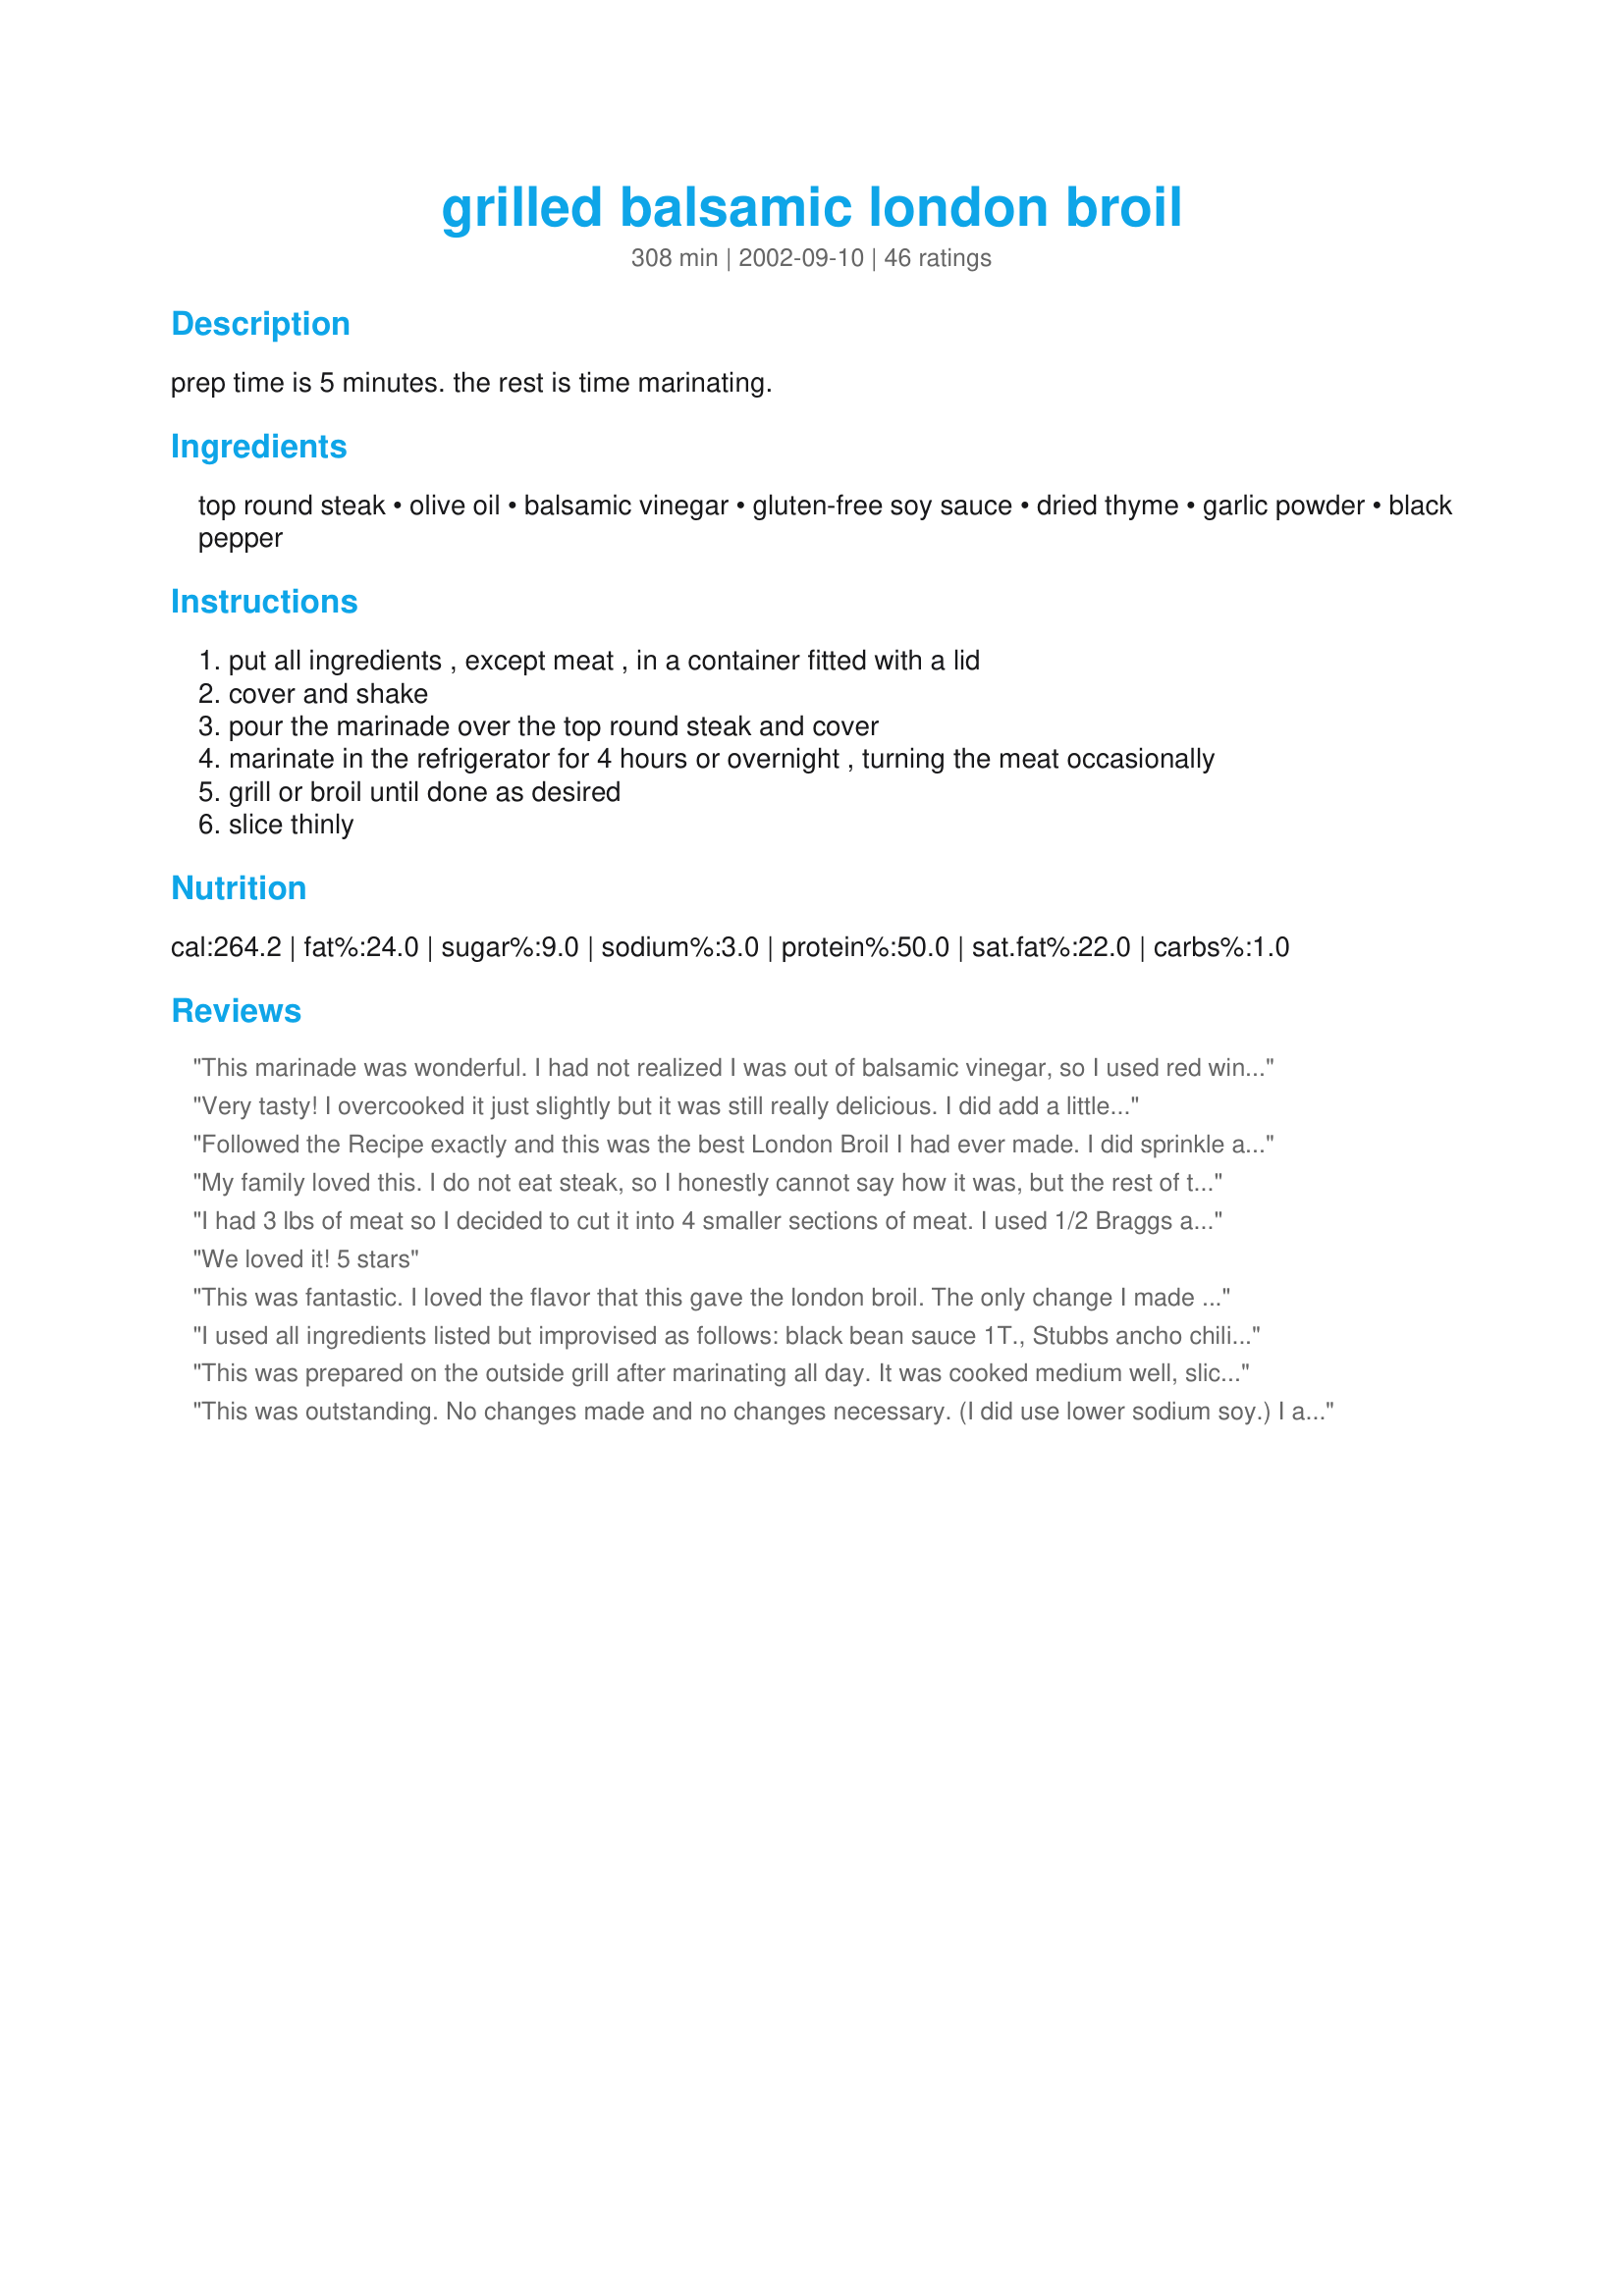
grilled balsamic london broil
Preparation time: 308 minutes

prep time is 5 minutes. the rest is time marinating.

Ingredients:
top round steak, olive oil, balsamic vinegar, gluten-free soy sauce, dried thyme, garlic powder, black pepper

Steps:
put all ingredients , except meat , in a container fitted with a lid
cover and shake
pour the marinade over the top round steak and cover
marinate in the refrigerator for 4 hours or overnight , turning the meat occasionally
grill or broil until done as desired
slice thinly

Reviews:
This marinade was wonderful. I had not realized I was out of balsamic vinegar, so I used red wine vinegar in its place. Taking the advice of another comment, I added a half dash of liquid smoke to the marinade and let the meat set in it overnight. The next morning, I put everything in the crock pot. The result was simply delicious. What a great recipe!
Very tasty! I overcooked it just slightly but it was still really delicious. I did add a little fresh minced garlic and broil in the oven. The trick is cutting it into very thin slices and then pouring the juices on top. Yum!
Followed the Recipe exactly and this was the best London Broil I had ever made. I did sprinkle a little thyme and pepper directly on the meat and rubbed it into the meat. I prepared the marinade and poured it over the meat in a gallon size zip lock bag making sure to coat the meat well. I kept it to one side of the bag and placed it in the fridge overnight. I grilled my 2.5 lb London Broil for approximately 8 minutes on the first side and then about 7 minutes on the second side on my gas grill at about 500 degrees. The edges were more medium and the center was slightly medium rare. I sliced it sideways against (not with) the grain of the meat. The flavor and texture was great. Make sure and take the meat off the grill, place it on a plate, and immediately put foil over it and let it rest for about 10 minutes. This makes the juices just perfect. Save the juice to pour over sliced meat. We had Ceasar salad and mashed potatoes. It was a cold near Christmas night and this was wonderful! I'll use this recipe always and cook London Broil more often. Thanks GinnyP!
My family loved this. I do not eat steak, so I honestly cannot say how it was, but the rest of the family raved about how good it was. I marinated about 6 hours and grilled for about 20 minutes on medium on the gas grill. Then I turned off that side of the grill and left it for about 15 minutes in indirect heat. Served with scalloped potatoes and corn and everyone enjoyed. Thanks for an easy marinade to spruce up usually bland (and tough) london broil.
I had 3 lbs of meat so I decided to cut it into 4 smaller sections of meat. I used 1/2 Braggs and 1/2 soy sauce. And 1 teaspoon of garlic.

Once it has baked tonight I will add stars and more of a review.
We loved it! 5 stars
This was fantastic. I loved the flavor that this gave the london broil. The only change I made was to use more garlic powder (1 tsp) and less thyme (1/8 tsp). Even with the extra garlic the flavor had a nice and clean taste. So many other marinades are so overpowering that you cannot taste the meat at all. But this was perfect. I will be using this from now on. Thanks!
I used all ingredients listed but improvised as follows: black bean sauce 1T., Stubbs ancho chili steak marinade 3T., 1/2 cup tequila. 1/4" deep crosshatch scoring and fork tine tenderize on both sides.Marinate for 24 hrs and grill on high heat for 9-10 minutes per side don't touch it while grilling! It is delicious and I really can't wait to make it again! served with romaine salad and blue cheese dressing, grilled bruscetta drizzled w/olive oil and rubbed w/garlic lightly, salt to taste.
This was prepared on the outside grill after marinating all day. It was cooked medium well, sliced thin and enjoyed by all. The meat was juicy, tender and flavorful. I used minced garlic instead of the garlic powder.
This was outstanding. No changes made and no changes necessary. (I did use lower sodium soy.) I am not usually a fan of london broil. It never tastes right. I marinaded for 1/2 a day. Used it on a mixed green salad with a really nice blue cheese, expecting the meat to not be good enough to eat alone. Boy was I wrong. What a waste of a good blue cheese!
I'm very picky about London Broil (it has to be Top Round, not the flank steak everyone else uses) This was out of this world. Great flavor!!! Only thing I did extra was to add some chopped garlic cloves (since we like it heavy on the garlic) and a little liquid smoke to the marinade (sorry, I use that alot when I grill out) This was fantastic and will use it all summer long! Thank you
Would have liked to have marinaded overnight, but I didn't plan ahead. I'm not that familiar with the top round cut, and I think it could take to longer marinading times. The flavor was delicious. Served with mashed potatoes and spinach salad.
This was excellent tasting. I used Top Round and then cut it into thin slices. Marinated it all day long. So juicy and tender. Will make again. Thanks for posting.




This makes a wonderful tasting steak. I, too, used regular soy sauce with no harm. I am using this recipe for a second time for tonights dinner...yum yum! Thanks for giving my steak some class!
Delicious. I had a 2lb top round steak that was about 1 1/2 - 2\
I have never been able to cook a London Broil without the meat turning tough. There was a sale on some very nice London Broils and I tried this recipe to find it was tasty and tender. I will definately use it again!
This was easy and delicious. I even overcooked it and it was still really good.
Mmmm.... what a wonderful flavor these had! I made it exactly as indicated, but scored the top surface of the meat and marinated it for 24 hours. We grilled it for 8 minutes on one side, 7 on the other, then, discovering it a tad too raw, grilled another 4 or so for medium-rare, then tented it for 10. The only problem turned out to be the toughness, which I thought would have been eased up some by the marinade, but really wasn't. Still, it's worth making, just cut it SUPER thin (1/8" or less) to serve. I marinated 2 of these, froze one in the marinade and moved the frozen hunk out of the zipper bag and into a vacuumed Food Saver bag where it'll live in the freezer until we make this dish again. Thank you for posting, Ginny!
This was easy and sooo delicious! I suggest cooking it medium rare on the grill for maximum flavor and tenderness and then slice across the grain. Yummy!
This was great. My boys ate it up and any leftovers were eaten the next day on sandwiches. I added some garlic and cooked it for 20 minutes on a medium grill. Thanks for a good marinade.
This recipe is delightful. I add some rosemary to the marinade and then marinate over night. Hubby puts it on the grill for 8-9 minutes on each side. Perfection!
We used a london broil...BBQed...awsome.
My DH has repeated over and over again how good this is. I marinated it overnight.
The flavor of the marinade was great, even though we overcooked our meat. I used minced garlic instead of powder, and used a double batch of marinade for 2 pounds of steak. Thanks for posting!
I think this is a great marinade and I will definitely make it again. I dumped all the ingredients in a sturdy gallon freezer bag, sealed it and shook it well. Plopped the meat in and let it marinade for about 4 hours. Came out delish! Thanks for sharing!
Wonderful! I Doubled the recipe but added 2 TBL of Soy and 2 of Worcheshire sauce and 1/8 tsp of thyme and 1 tsp. garlic powder and let marinate 2 days...with awsome results!
My husband LOVES this recipe and has requested it again and again. I made deep cross cuts, and put it in the fridge overnights (about 12 hours) and it turned out real tasty! Although I did increase the olive oil to 1/4 cup to help with tenderizing, and boy was the steak tender! YUM!
Ok, I made this and mine marinated overnight. I used low sodium Kikkoman soy sauce and how wonderful this was. My family loved it and the flavor was great. I sliced it very thin and had enough leftover for my salad the next day. This is definitely a recipe I will be making regularly for my low carb diet!!!!
We let this marinate for about 10 hours and was still a tad on the tough side. I bet this recipe would work very well with flank steak. The flavors are wonderful. The recipe is great as posted, but every now and again when you have a few extra bucks, the flank steak would be well worth it.
Marinated overnight, steak had a good flavor. Also smelled great while cooking. Didn't have garlic powder so used a clove of minced fresh garlic instead. Will definately keep this marinade recipe around.
I made this for my husband and I (doing Atkins) and it was WONDERFUL! london Broil is usually touch but this made it very tender. I broiled it to medium rare. It was also great the second day on a sald and in fajitas.
Yum Yum Yum! Definitely a keeper.
I often tweak recipes here and there to my liking, but this one was perfect as is! I wouldn't change a thing. I marinated it overnight, I think that it needs that extra time to make it tender and let the thyme do its thing. Delicious!
Excellent marinade. I marinated the steak all day, and it turned out delicious. Broiled it to medium - turned out great.
Followed the recipe but used white vinegar and it was still great!
Made this tonight for dinner. I only let it marinade for 4 hours and it was tender and very tasty. I will try this again and let it marinade overnight just to see how different it will be. Thanks for sharing!
This is a great marinade. I also tried this on a more tender cut of steak to grill & it tasted wonderful.
I wouldn't change a thing. Although my soy sauce did have gluten. This is my new go-to for this cut. Great with brown rice!
Marinade ... very good.
I used freah garlic.
I'm sure with some better meat (ribeye or such) even better :)
This marinade worked wonderfully with top round (London broil). I used red wine vinegar (instead of balsamic) and let it marinate 24 hours, turning a few times. Grilled to medium rare and sliced very thin. Perfect !
My son-in-law fixed this a few weeks ago and it was the best London Broil I have ever had. The flavor was perfect and it was so tender and juicy.
This was great! I didn't realize top round was so tough. I won't be buying it again, but I will definitely use this marinade for other cuts of beef. I added dried minced onions, freshly-ground white pepper and a dash of liquid smoke. Great flavor!
This is a quick and tasty marinade. The meat came out tender and flavorful. Thanks!
My husband almost keeled over dead when he saw what was for dinner - in the best way! We all loved it. Grilled it up and finished the whole thing! It was tender and moist and the best - full of flavor! Thanks!
This is a nice marinade and I have made this several times and each time it has been a hit. I think you could use this marinade on other cuts of meat so I will be trying that this summer. It is also important not to overcook any london broil - this recipe is much better cooked medium with a bit of pink in the very middle, the meat is much more tender that way. Thanks for sharing!
This is a great marinade! I used the London broil cut of meat and thought it was a bit tough, but the marinade made up for that. Next time I'll use a skirt steak or other cut of meat. I think it would make a good marinade for a grilled chicken sandwich too. Thanks!
